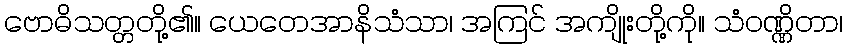
ဗောဓိသတ္တတို့၏။ ယေတေအာနိသံသာ၊ အကြင် အကျိုးတို့ကို။ သံဝဏ္ဏိတာ၊